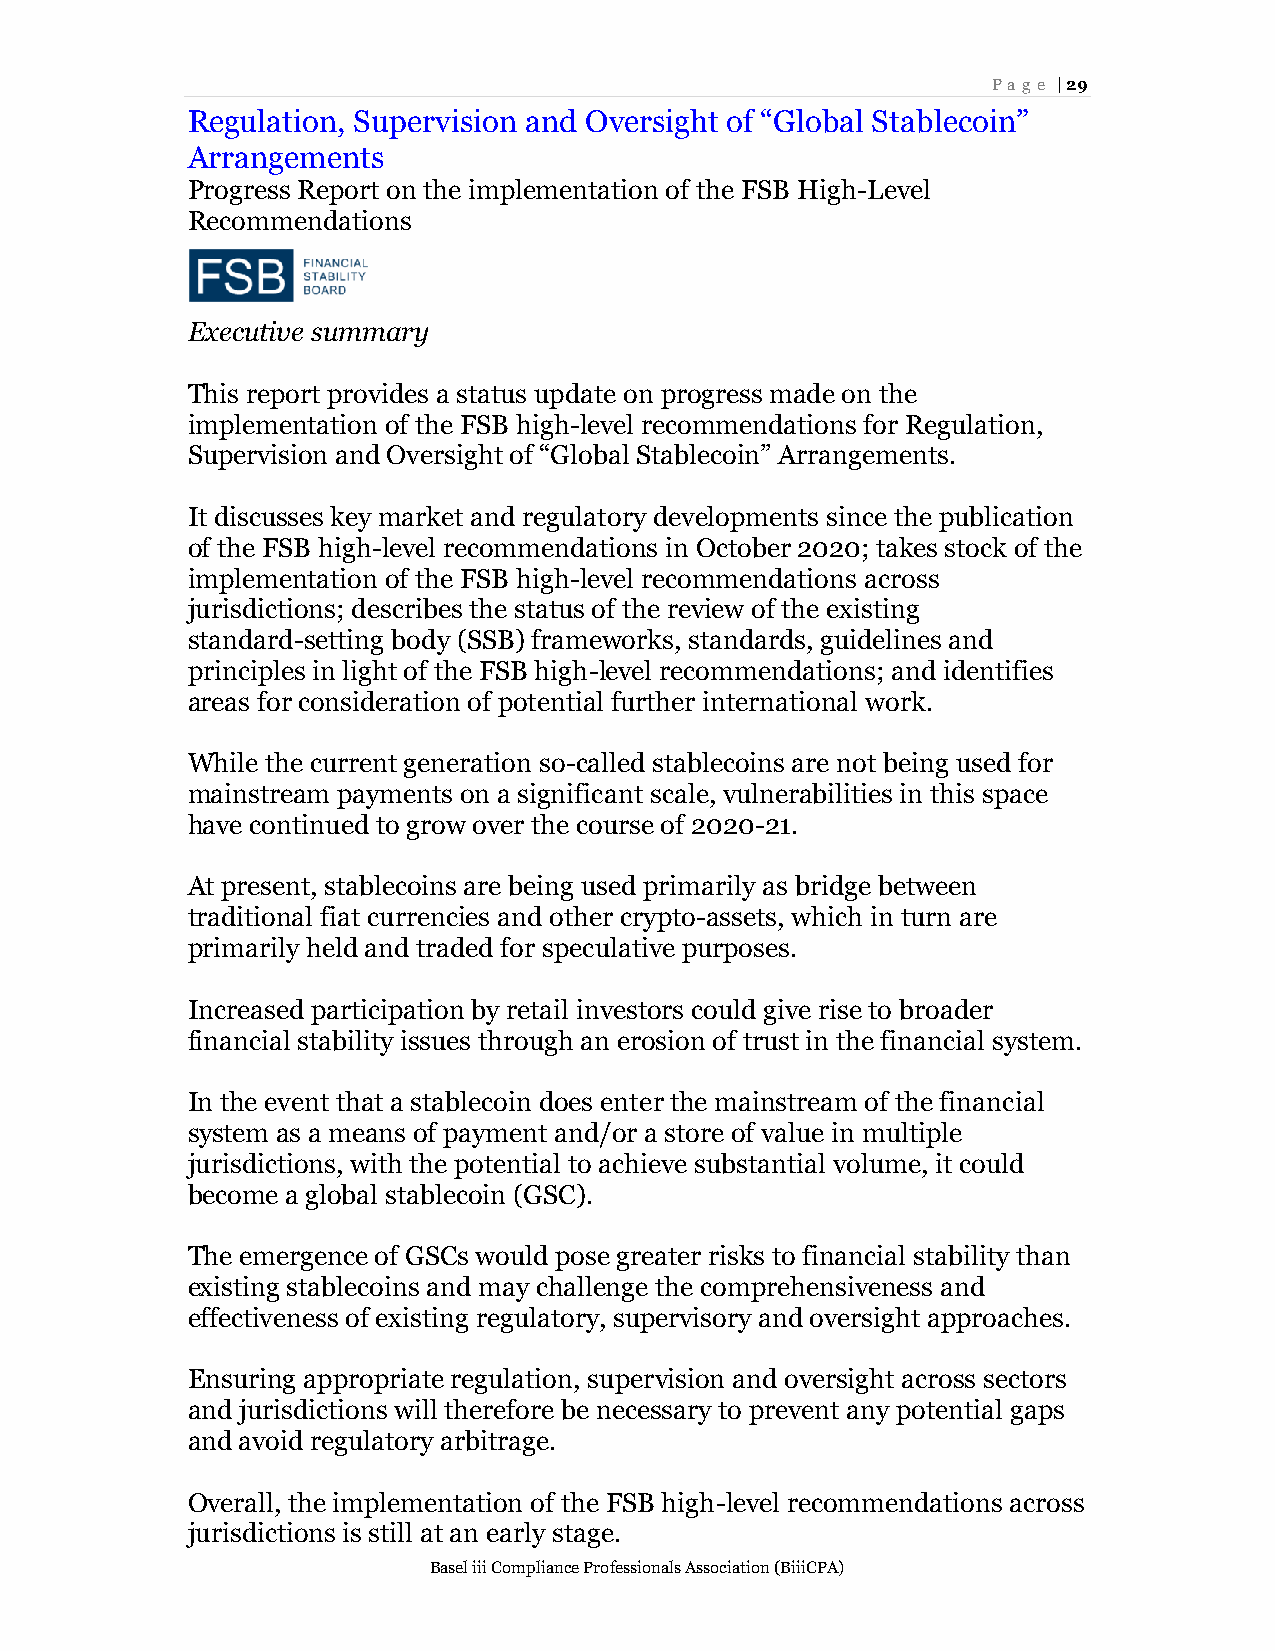
Page | 29
 Regulation, Supervision and Oversight of “Global Stablecoin”
 Arrangements
 Progress Report on the implementation of the FSB High-Level
 Recommendations
 Executive summary
 This report provides a status update on progress made on the
 implementation of the FSB high-level recommendations for Regulation,
 Supervision and Oversight of “Global Stablecoin” Arrangements.
 It discusses key market and regulatory developments since the publication
 of the FSB high-level recommendations in October 2020; takes stock of the
 implementation of the FSB high-level recommendations across
 jurisdictions; describes the status of the review of the existing
 standard-setting body (SSB) frameworks, standards, guidelines and
 principles in light of the FSB high-level recommendations; and identifies
 areas for consideration of potential further international work.
 While the current generation so-called stablecoins are not being used for
 mainstream payments on a significant scale, vulnerabilities in this space
 have continued to grow over the course of 2020-21.
 At present, stablecoins are being used primarily as bridge between
 traditional fiat currencies and other crypto-assets, which in turn are
 primarily held and traded for speculative purposes.
 Increased participation by retail investors could give rise to broader
 financial stability issues through an erosion of trust in the financial system.
 In the event that a stablecoin does enter the mainstream of the financial
 system as a means of payment and/or a store of value in multiple
 jurisdictions, with the potential to achieve substantial volume, it could
 become a global stablecoin (GSC).
 The emergence of GSCs would pose greater risks to financial stability than
 existing stablecoins and may challenge the comprehensiveness and
 effectiveness of existing regulatory, supervisory and oversight approaches.
 Ensuring appropriate regulation, supervision and oversight across sectors
 and jurisdictions will therefore be necessary to prevent any potential gaps
 and avoid regulatory arbitrage.
 Overall, the implementation of the FSB high-level recommendations across
 jurisdictions is still at an early stage.
 Basel iii Compliance Professionals Association (BiiiCPA)